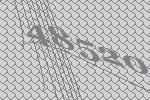
48520